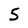
Character: 5